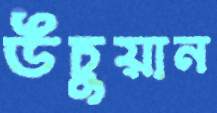
উচুয়ান